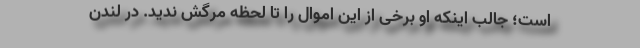
است؛ جالب اینکه او برخی از این اموال را تا لحظه مرگش ندید. در لندن